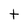
Character: t